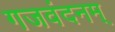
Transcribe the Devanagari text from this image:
गजवंदनम्